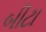
બીટા